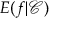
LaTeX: E ( f | { \mathcal { C } } )